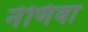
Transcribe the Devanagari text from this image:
नेणिवा